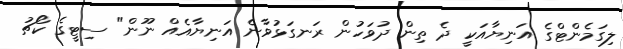
ލިގަމެންޓްގެ އަނިޔާއަކީ ދެ ތިން ދުވަހުން ރަނގަޅުވާނެ އަނިޔާއެއް ނޫން" ސިޓީގެ ކޯޗު